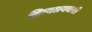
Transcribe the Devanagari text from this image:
हिमालयवासी